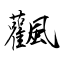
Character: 飌